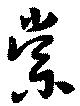
棠